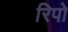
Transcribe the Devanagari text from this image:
रिपो